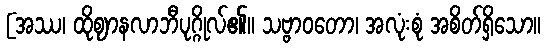
[အဿ၊ ထိုဈာနလာဘီပုဂ္ဂိုလ်၏။ သဗ္ဗာဝတော၊ အလုံးစုံ အစိတ်ရှိသော။